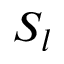
S _ { l }